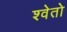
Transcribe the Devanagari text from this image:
श्‍वेतो